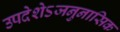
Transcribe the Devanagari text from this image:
उपदेशेऽजनुनासिक